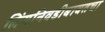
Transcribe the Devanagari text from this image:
लिंगनिवडीबाबतचा